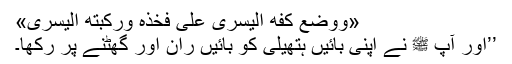
«وَوَضَعَ كَفَّهُ الْيُسْرَى عَلَى فَخِذِهِ وَرُكْبَتِهِ الْيُسْرَى»
’’اور آپ ﷺ نے اپنی بائیں ہتھیلی کو بائیں ران اور گھٹنے پر رکھا۔